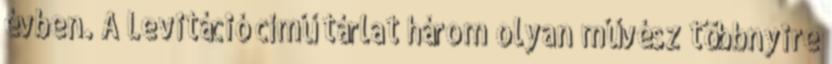
évben. A Levitáció című tárlat három olyan művész többnyire